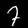
Digit: 7